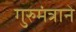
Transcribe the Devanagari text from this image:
गुरुमंत्राने